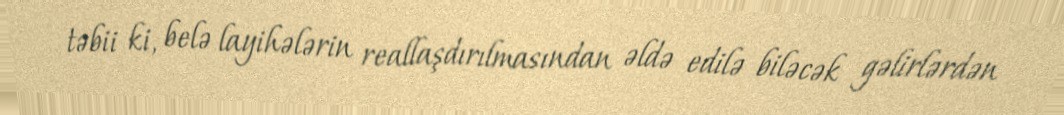
təbii ki, belə layihələrin reallaşdırılmasından əldə edilə biləcək gəlirlərdən